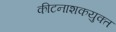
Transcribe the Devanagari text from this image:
कीटनाशकयुक्त